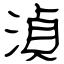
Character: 湞